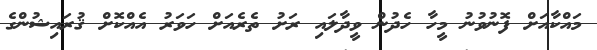
މައްކާއަށް ފޮނުވުނު މީހާ ހެދުން ވީދާލައި ރަށު ތެރެއަށް ހަވަރު އެއްކޮށް ޤުރައިޝުންގެ